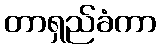
တာရှည်ခံကာ